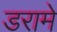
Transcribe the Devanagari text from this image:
डरामे